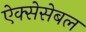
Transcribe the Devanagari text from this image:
ऐक्सेसेबल